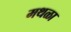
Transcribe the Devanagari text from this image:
मथळा